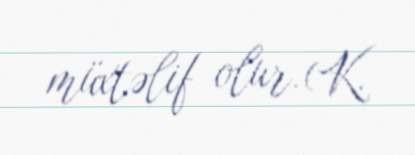
müxtəlif olur.(K.